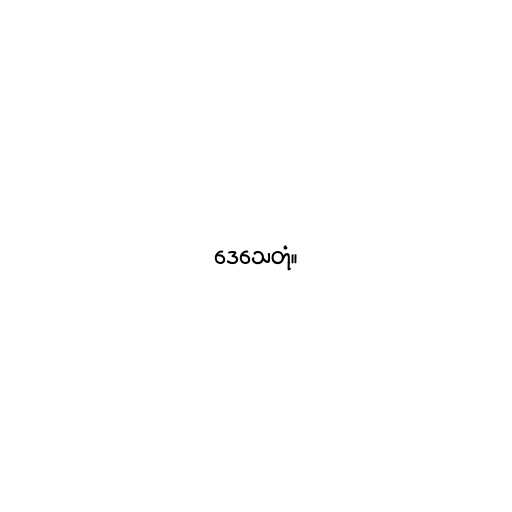
ဒေသေတုံ။